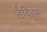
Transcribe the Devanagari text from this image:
डैविड्स